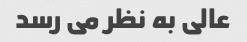
عالی به نظر می رسد